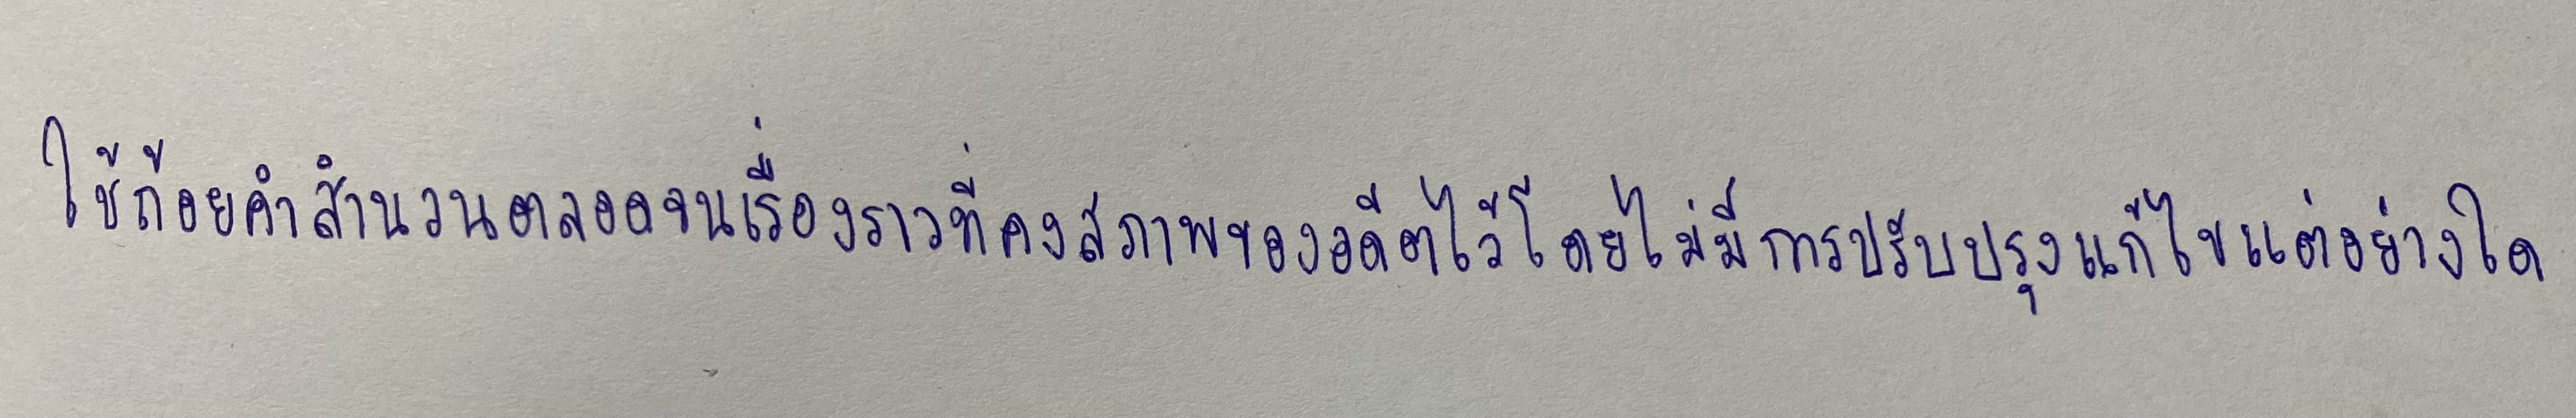
ใช้ถ้อยคำสำนวนตลอดจนเรื่องราวที่คงสภาพของอดีตไว้โดยไม่มีการปรับปรุงแก้ไขแต่อย่างใด